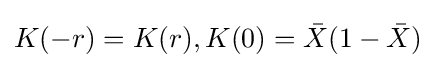
K(-r)=K(r),K(0)={\bar {X}}(1-{\bar {X}})